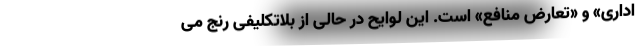
اداری» و «تعارض منافع» است. این لوایح در حالی از بلاتکلیفی رنج می